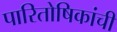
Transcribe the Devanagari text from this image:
पारितोषिकांची